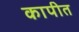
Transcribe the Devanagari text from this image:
कापीत